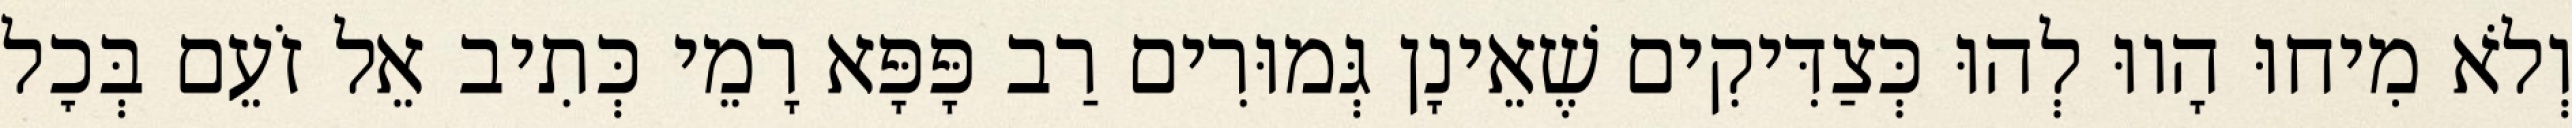
וְלֹא מִיחוּ הָווּ לְהוּ כְּצַדִּיקִים שֶׁאֵינָן גְּמוּרִים רַב פָּפָּא רָמֵי כְּתִיב אֵל זֹעֵם בְּכׇל